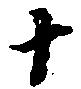
十